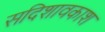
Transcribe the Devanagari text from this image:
सदिशावकाश